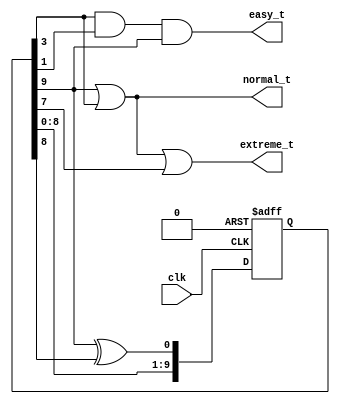
module drop_random(clk, easy_t, normal_t, extreme_t);
    input clk;
    reg rst;
    wire [4:0] prn;
    output easy_t, normal_t, extreme_t;

    reg [9:0] D123456789 = 6'd1; //NEVER 000000

    assign prn[0] = D123456789[1];
    assign prn[1] = D123456789[9];
    assign prn[2] = D123456789[3];
    assign prn[3] = D123456789[5];
    assign prn[4] = D123456789[7];
    assign easy_t = prn[2] & prn[0] & prn[1]; 
    assign normal_t = prn[1] | prn[2];
    assign extreme_t = prn[1] | prn[2] | prn[4];

    always @ (posedge rst or posedge clk)
    if (rst)
        begin
            D123456789 <= 10'd1;
        end
    else
        begin
            D123456789[1] <= D123456789[0];
            D123456789[2] <= D123456789[1];
            D123456789[3] <= D123456789[2];
            D123456789[4] <= D123456789[3];
            D123456789[5] <= D123456789[4];
            D123456789[6] <= D123456789[5];
            D123456789[7] <= D123456789[6];
            D123456789[8] <= D123456789[7];
            D123456789[9] <= D123456789[8];
            D123456789[0] <= D123456789[9] ^ D123456789[8];
        end
    
    initial begin 
        rst = 1;
        #5 rst = 0;
    end
endmodule